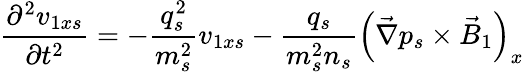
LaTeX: \frac{\partial^{2}{v}_{1xs}}{\partial t^{2}}=-\frac{q_{s}^{2}}{m_{s}^{2}}{v}_{1xs}-\frac{q_{s}}{m_{s}^{2}n_{s}}\left(\vec{\nabla}p_{s}\times\vec{B}_{1}\right)_{x}